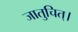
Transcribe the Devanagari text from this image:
जातुचित्।